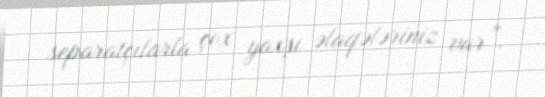
separatçılarla çox yaxşı əlaqələriniz var”.